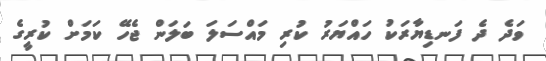
ވަދެ ދެ ފަނޑިޔާރަކު ހައްޔަރު ކުރި މައްސަލަ ބަލަން ޖެހޭ ކަމަށް ކުރީގެ